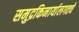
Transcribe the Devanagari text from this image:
समुद्रकिनार्यालगतचे